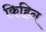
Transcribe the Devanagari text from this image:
किहिन